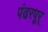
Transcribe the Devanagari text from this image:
पंढरपूर्